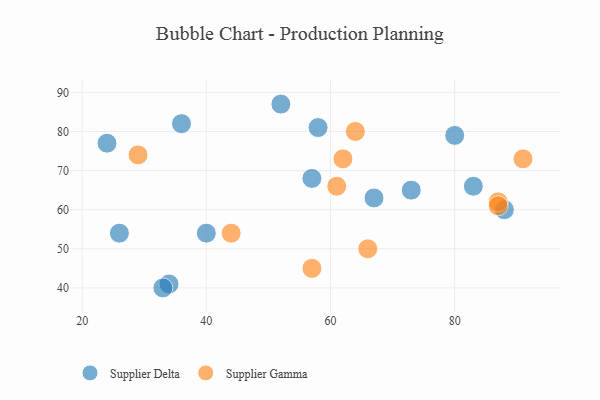
{"axis": {"x": "GDP", "y": "Life Expectancy"}, "legend": ["Supplier Delta", "Supplier Gamma"], "data": [{"x": "80", "y": 79, "type": "Supplier Delta"}, {"x": "40", "y": 54, "type": "Supplier Delta"}, {"x": "34", "y": 41, "type": "Supplier Delta"}, {"x": "88", "y": 60, "type": "Supplier Delta"}, {"x": "58", "y": 81, "type": "Supplier Delta"}, {"x": "83", "y": 66, "type": "Supplier Delta"}, {"x": "57", "y": 68, "type": "Supplier Delta"}, {"x": "26", "y": 54, "type": "Supplier Delta"}, {"x": "33", "y": 40, "type": "Supplier Delta"}, {"x": "36", "y": 82, "type": "Supplier Delta"}, {"x": "52", "y": 87, "type": "Supplier Delta"}, {"x": "67", "y": 63, "type": "Supplier Delta"}, {"x": "24", "y": 77, "type": "Supplier Delta"}, {"x": "73", "y": 65, "type": "Supplier Delta"}, {"x": "64", "y": 80, "type": "Supplier Gamma"}, {"x": "57", "y": 45, "type": "Supplier Gamma"}, {"x": "87", "y": 62, "type": "Supplier Gamma"}, {"x": "66", "y": 50, "type": "Supplier Gamma"}, {"x": "61", "y": 66, "type": "Supplier Gamma"}, {"x": "44", "y": 54, "type": "Supplier Gamma"}, {"x": "62", "y": 73, "type": "Supplier Gamma"}, {"x": "91", "y": 73, "type": "Supplier Gamma"}, {"x": "87", "y": 61, "type": "Supplier Gamma"}, {"x": "29", "y": 74, "type": "Supplier Gamma"}]}